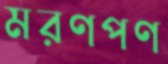
মরণপণ